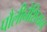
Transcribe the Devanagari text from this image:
पौलीनेशियन